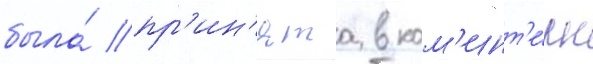
была́ пр'ин'ята в ком'инт'е́рн